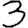
Digit: 3